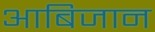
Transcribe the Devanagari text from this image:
आबिजान